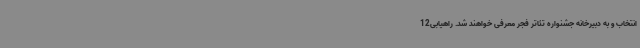
انتخاب و به دبیرخانه جشنواره تئاتر فجر معرفی خواهند شد. راهیابی12